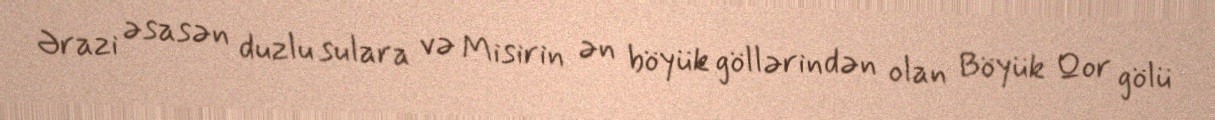
Ərazi əsasən duzlu sulara və Misirin ən böyük göllərindən olan Böyük Qor gölü